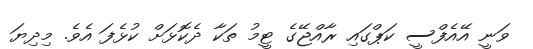
ވަނީ އޭއެފްސީ ކަޕްގައި ރާއްޖޭގެ ޓީމު ތަކާ ދެކޮޅަށް ކުޅެފަ އެވެ. މިދިޔަ